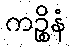
ကဉ္စိနံ